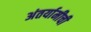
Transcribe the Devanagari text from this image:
अंतर्यामीची